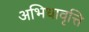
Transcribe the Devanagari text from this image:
अभिधावृत्ति